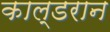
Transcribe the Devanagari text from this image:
काल्डरान